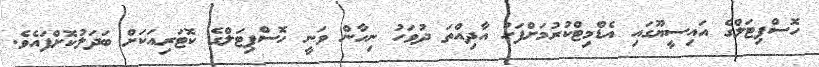
ހޮސްޕިޓަލްގެ އައިސީޔޫގައި އެޑްމިޓްކުރުމަށްފަހު އާދިއްތަ ދުވަހު ނިހާން ވަނީ ހޮސްޕިޓަލްގެ ކޮޓަރިއަކަށް ބަދަލުކޮށްފައެވެ.